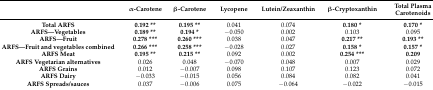
<table><thead><tr><td></td><td><b>α-Carotene</b></td><td><b>β-Carotene</b></td><td><b>Lycopene</b></td><td><b>Lutein/Zeaxanthin</b></td><td><b>β-Cryptoxanthin</b></td><td><b>Total Plasma Carotenoids</b></td></tr></thead><tbody><tr><td><b>Total ARFS</b></td><td><b>0.192 **</b></td><td><b>0.195 **</b></td><td>0.041</td><td>0.074</td><td><b>0.180 *</b></td><td><b>0.170 *</b></td></tr><tr><td><b>ARFS—Vegetables</b></td><td><b>0.189 **</b></td><td><b>0.194 *</b></td><td>−0.050</td><td>0.002</td><td>0.103</td><td>0.095</td></tr><tr><td><b>ARFS—Fruit</b></td><td><b>0.278 ***</b></td><td><b>0.260 ***</b></td><td>0.038</td><td>0.047</td><td><b>0.217 **</b></td><td><b>0.193 **</b></td></tr><tr><td><b>ARFS—Fruit and vegetables combined</b></td><td><b>0.266 ***</b></td><td><b>0.258 ***</b></td><td>−0.028</td><td>0.027</td><td><b>0.158 *</b></td><td><b>0.157 *</b></td></tr><tr><td><b>ARFS Meat</b></td><td><b>0.195 **</b></td><td><b>0.215 **</b></td><td>0.092</td><td>0.002</td><td><b>0.254 ***</b></td><td><b>0.209</b></td></tr><tr><td><b>ARFS Vegetarian alternatives</b></td><td>0.026</td><td>0.048</td><td>−0.070</td><td>0.048</td><td>0.007</td><td>0.029</td></tr><tr><td><b>ARFS Grains</b></td><td>0.012</td><td>−0.007</td><td>0.098</td><td>0.107</td><td>0.123</td><td>0.072</td></tr><tr><td><b>ARFS Dairy</b></td><td>−0.033</td><td>−0.015</td><td>0.056</td><td>0.084</td><td>0.082</td><td>0.041</td></tr><tr><td><b>ARFS Spreads/sauces</b></td><td>0.037</td><td>−0.006</td><td>0.075</td><td>−0.064</td><td>−0.022</td><td>−0.015</td></tr></tbody></table>